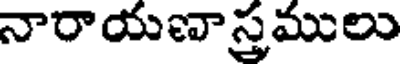
నారాయణాస్త్రములు